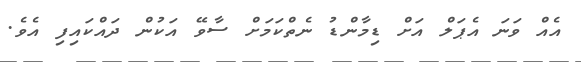
އެއް ވަނަ އެޕަލް އަށް ޑިމާންޑު ނެތްކަމަށް ސާވޭ އަކުން ދައްކައިފި އެވެ.